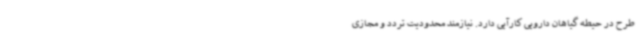
طرح در حیطه گیاهان دارویی کارآیی دارد. نیازمند محدودیت تردد و مجازی